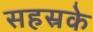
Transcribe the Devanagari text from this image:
सहस्रके